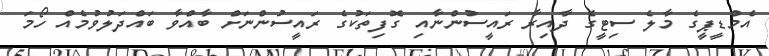
އެމްޑީޕީގެ މާލެ ސިޓީގެ ދާއިރާ ރައީސުންނާއި ގޮފިތަކުގެ ރައީސުންނަށް ބާއްވާ ބައްދަލުވުމެއް ހޯމަ